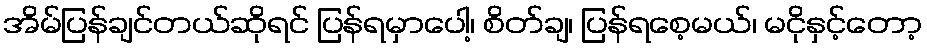
အိမ်ပြန်ချင်တယ်ဆိုရင် ပြန်ရမှာပေါ့၊ စိတ်ချ၊ ပြန်ရစေ့မယ်၊ မငိုနှင့်တော့